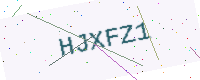
Text: HJXFZ1